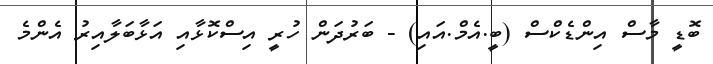
ބޮޑީ މާސް އިންޑެކްސް (ބީ.އެމް.އައި) - ބަރުދަން ހުރީ އިސްކޮޅާއި އަޅާބަލާއިރު އެންމެ